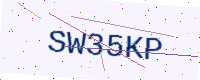
Text: SW35KP